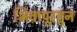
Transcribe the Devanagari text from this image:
भिवापूरहून